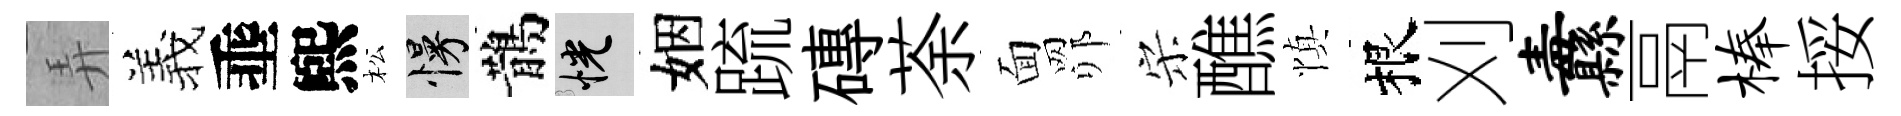
弄羲埀煕松慢鵲恍姻䟽磚荼面𦊑宋醮慎根刈纛鬲榛挼